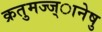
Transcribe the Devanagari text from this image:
क्रतुमज्ज्ानेषु